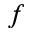
\boldsymbol { f }